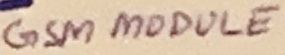
Text: GSM MODULE